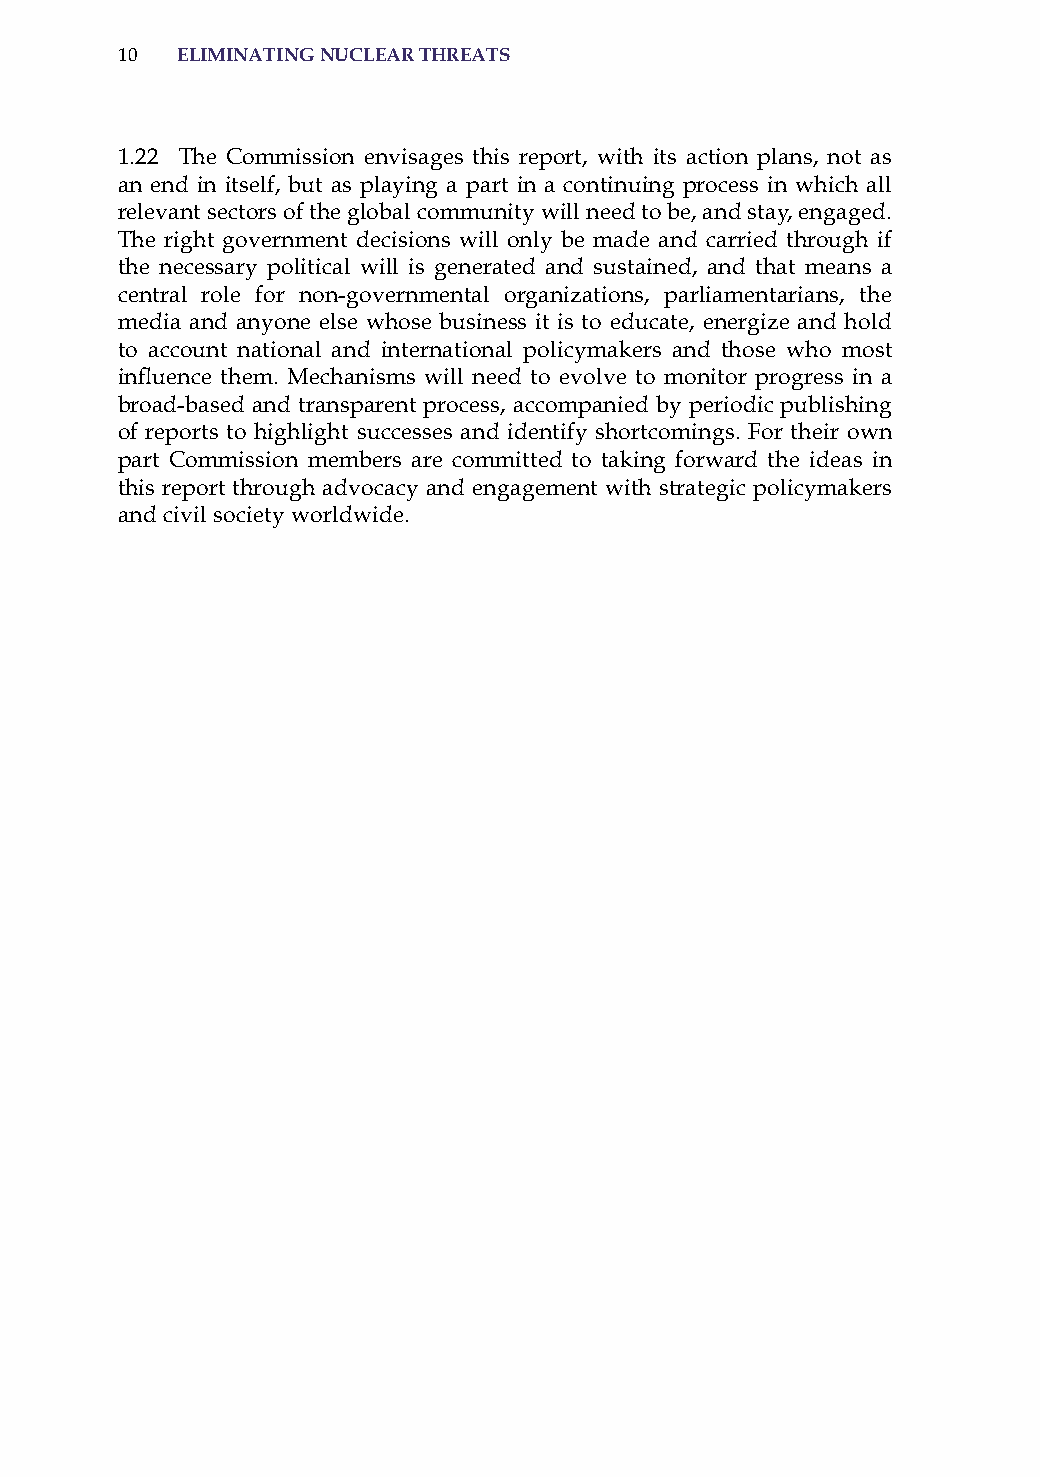
10  eliminatinG nuclear threats
 1.22 The Commission envisages this report, with its action plans, not as
 an end in itself, but as playing a part in a continuing process in which all
 relevant sectors of the global community will need to be, and stay, engaged.
 The right government decisions will only be made and carried through if
 the necessary political will is generated and sustained, and that means a
 central role for non-governmental organizations, parliamentarians, the
 media and anyone else whose business it is to educate, energize and hold
 to account national and international policymakers and those who most
 influence them. Mechanisms will need to evolve to monitor progress in a
 broad-based and transparent process, accompanied by periodic publishing
 of reports to highlight successes and identify shortcomings. For their own
 part Commission members are committed to taking forward the ideas in
 this report through advocacy and engagement with strategic policymakers
 and civil society worldwide.